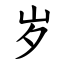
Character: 岁